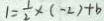
1 = \frac { 1 } { 2 } \times ( - 2 ) + b